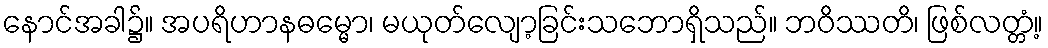
နောင်အခါ၌။ အပရိဟာနဓမ္မော၊ မယုတ်လျော့ခြင်းသဘောရှိသည်။ ဘဝိဿတိ၊ ဖြစ်လတ္တံ့။